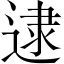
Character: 逮